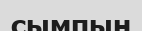
сымпың